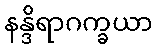
နန္ဒိရာဂက္ခယာ